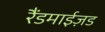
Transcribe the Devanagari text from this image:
रैंडमाईज़ड